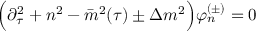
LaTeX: \Big ( \partial _ { \tau } ^ { 2 } + n ^ { 2 } - \bar { m } ^ { 2 } ( \tau ) \pm \Delta m ^ { 2 } \Big ) \varphi _ { n } ^ { ( \pm ) } = 0